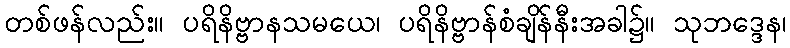
တစ်ဖန်လည်း။ ပရိနိဗ္ဗာနသမယေ၊ ပရိနိဗ္ဗာန်စံချိန်နီးအခါ၌။ သုဘဒ္ဒေန၊